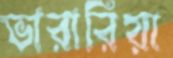
ভারারিয়া